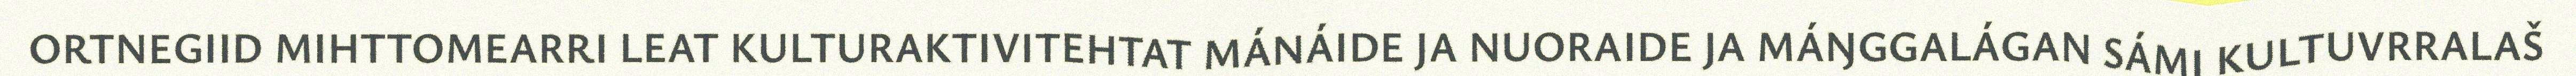
ORTNEGIID MIHTTOMEARRI LEAT KULTURAKTIVITEHTAT MÁNÁIDE JA NUORAIDE JA MÁŊGGALÁGAN SÁMI KULTUVRRALAŠ